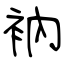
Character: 衲